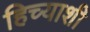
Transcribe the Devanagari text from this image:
हिच्‍याशी